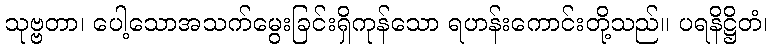
သုဗ္ဗတာ၊ ပေါ့သောအသက်မွေးခြင်းရှိကုန်သော ရဟန်းကောင်းတို့သည်။ ပရနိဋ္ဌိတံ၊